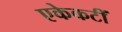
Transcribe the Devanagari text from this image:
एकेकटीं